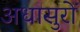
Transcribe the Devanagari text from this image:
अधासुरों